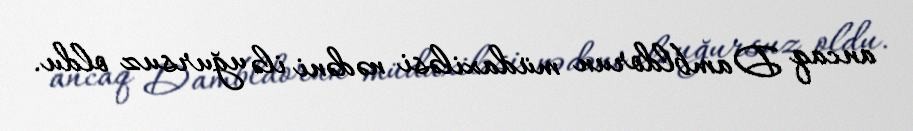
ancaq Dambldorun müdaxiləsi nədəni ilə uğursuz oldu.